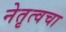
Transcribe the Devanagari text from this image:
नेतृत्वचा